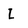
Character: L